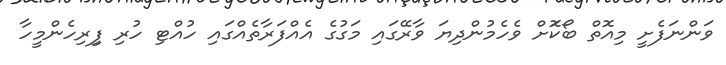
ވަންނަފެށީ މިއޮތް ބޯކޮަށް ވެހެމުންދިޔަ ވާރޭގައި މަގުގެ އެއްފަރާތެއްގައި ހުއްޓި ހުރި ފިިރިހެންމީހާ